Vaccination Hyderabad 1872-1889 - 1872-1889
Year: 1872
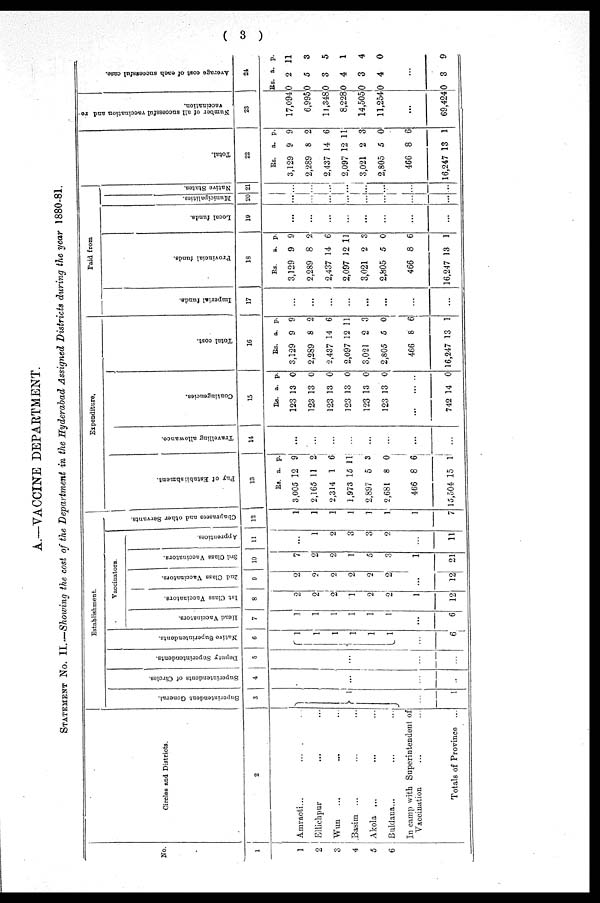
( 3 )
A.—VACCINE DEPARTMENT.
STATEMENT No. II.— Showing the cost of the Department in the Hyderabad Assigned Districts during the year 1880-81.
No.
1
1
2
3
4
5
6
Circles and Districts.
2
Amraoti... ... ...
Ellichpur ... ...
Wun ... ... ...
Basim ... ... ...
Akola ... ... ...
Buldana... ... ...
In camp with Superintendent of
Vaccination ... ...
Totals of Province ...
Establishment.
Superintendent General.
3
1
...
1
Superintendents of Circles.
4
...
...
...
Deputy Superintendents.
5
...
...
...
Native Superintendents.
6
1
1
1
1
1
1
...
6
Vaccinators.
Head Vaccinators.
7
1
1
1
1
1
1
...
6
1st Cl ass Va c c i
na t
or s .
8
2
2
2
1
2
2
1
12
2nd Cl ass Va c c i
na t
or s .
9
2
2
2
2
2
2
...
12
3rd Class Vaccinators.
10
7
2
2
1
5
3
1
21
Apprentices.
11
...
1
2
3
3
2
...
11
Chaprasees and other Servants.
12
1
1
1
1
1
1
1
7
Expenditure.
Pay of Establishment.
13
Rs.
3,005
2,165
2,314
1,973
2,897
2,681
466
15,504
a.
12
11
1
15
5
8
8
15
p.
9
2
6
11
3
0
6
1
Travelling allowance.
14
...
...
...
...
...
...
...
...
Contingencies.
15
Rs.
123
123
123
123
123
123
...
742
a.
13
13
13
13
13
13
...
14
p.
0
0
0
0
0
0
...
0
Total cost.
16
Rs.
3,129
2,289
2,437
2,097
3,021
2,805
466
16,247
a.
9
8
14
12
2
5
8
13
p.
9
2
6
11
3
0
6
1
Paid from
Imperial funds.
17
...
...
...
...
...
...
...
...
Provincial funds.
18
Rs.
3,129
2,289
2,437
2,097
3,021
2,805
466
16,247
a.
9
8
14
12
2
5
8
13
p.
9
2
6
11
3
0
6
1
Local funds.
19
...
...
...
...
...
...
...
...
Municipalities.
20
...
...
...
...
...
...
...
...
Native States.
21
...
...
...
...
...
...
...
...
Total.
22
Rs.
3,129
2,289
2,437
2,097
3,021
2,805
466
16,247
a.
9
8
14
12
2
5
8
13
p.
9
2
6
11
3
0
6
1
Number of all successful vaccination and re¬
vaccination.
23
17,094
6,995
11,348
8,228
14,505
11,254
...
69,424
Average cost of each successful case.
24
Rs.
0
0
0
0
0
0
a.
2
5
3
4
3
4
p.
11
3
5
1
4
0
...
0 3
9